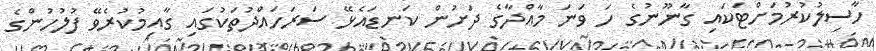
ހާސިލުކުރުމަށްޓަކައި ގާނޫނުގެ ހަ ވަނަ މާއްދާގެ ދަށުން ކަނޑައެޅޭ ސަރަހައްދުތަކުގައި ގާއިމުކުރެވޭ ފުލުހުންގެ